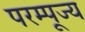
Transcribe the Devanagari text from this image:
परम्पूज्य